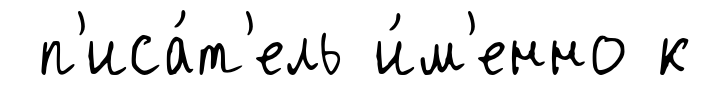
п'иса́т'ель и́м'енно к